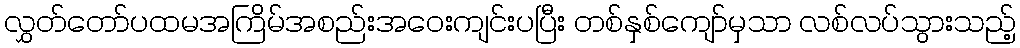
လွှတ်တော်ပထမအကြိမ်အစည်းအဝေးကျင်းပပြီး တစ်နှစ်ကျော်မှသာ လစ်လပ်သွားသည့်